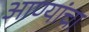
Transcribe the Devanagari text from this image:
आण्यांचा